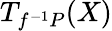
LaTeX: T_{f^{-1}P}(X)